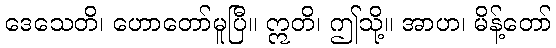
ဒေသေတိ၊ ဟောတော်မူပြီ။ ဣတိ၊ ဤသို့။ အာဟ၊ မိန့်တော်